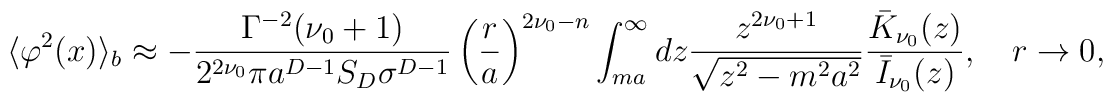
\langle \varphi ^{2}(x)\rangle _{b}\approx -\frac{\Gamma ^{-2}(\nu_0+1)}{2^{2\nu _0}\pi a ^{D-1}S_D\sigma ^{D-1}}\left(\frac{r}{a}\right) ^{2\nu _0-n}\int _{ma}^{\infty }dz\frac{z^{2\nu _0+1}}{\sqrt{z^2-m^2a^2}}\frac{\bar K_{\nu_0}(z)}{\bar I_{\nu _0}(z)},\quad r\to 0,